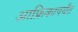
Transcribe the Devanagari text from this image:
आफ्रिकापर्यंत